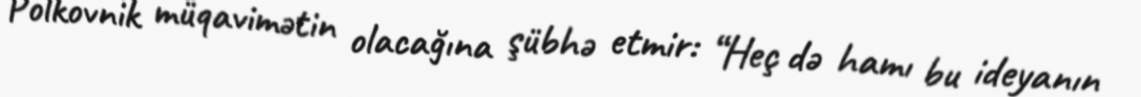
Polkovnik müqavimətin olacağına şübhə etmir: “Heç də hamı bu ideyanın